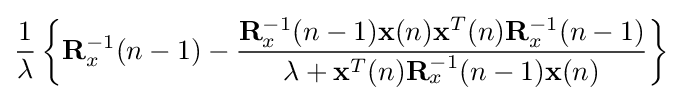
{\dfrac {1}{\lambda }}\left\lbrace \mathbf {R} _{x}^{-1}(n-1)-{\dfrac {\mathbf {R} _{x}^{-1}(n-1)\mathbf {x} (n)\mathbf {x} ^{T}(n)\mathbf {R} _{x}^{-1}(n-1)}{\lambda +\mathbf {x} ^{T}(n)\mathbf {R} _{x}^{-1}(n-1)\mathbf {x} (n)}}\right\rbrace